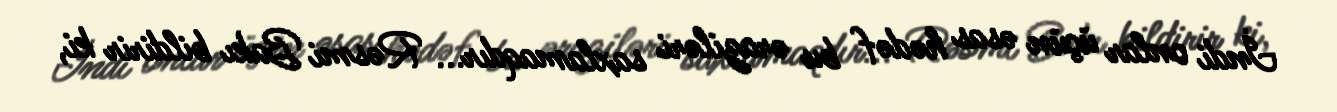
İndi onlar üçün əsas hədəf bu əraziləri saxlamaqdır... Rəsmi Bakı bildirir ki,